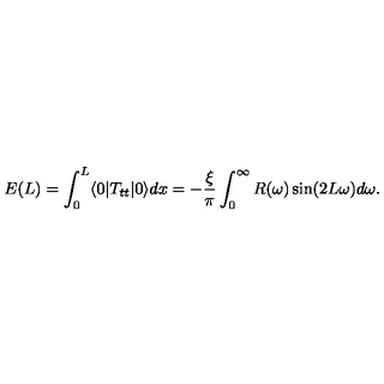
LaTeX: E ( L ) = \int _ { 0 } ^ { L } \langle 0 | T _ { t t } | 0 \rangle d x = - { \frac { \xi } { \pi } } \int _ { 0 } ^ { \infty } R ( \omega ) \sin ( 2 L \omega ) d \omega .